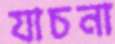
যাচনা